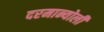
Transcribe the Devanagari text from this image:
दरमान्योली